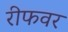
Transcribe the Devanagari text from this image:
रीफवर